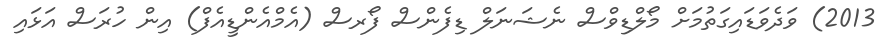
2013) ވަދެވަޑައިގަތުމަށް މޯލްޑިވްސް ނެޝަނަލް ޑިފެންސް ފޯރސް (އެމްއެންޑީއެފް) އިން ހުރަސް އަޅައި